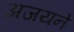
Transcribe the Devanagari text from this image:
अजयने